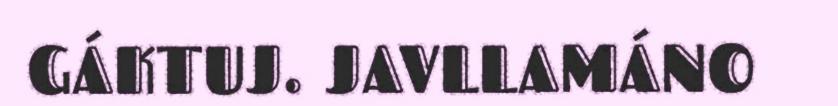
GÁKTUJ. JAVLLAMÁNO